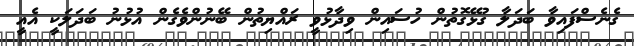
ގެނެސްފައިވާ ބަދަލާ ގުޅޭގޮތުން ހުސައިން ވިދާޅުވީ ރައްޔިތުން ބޭނުންވެގެން އުޅުނު ބަދަލަކީ އެއީ